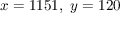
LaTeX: \ x = 1 1 5 1 , \ y = 1 2 0